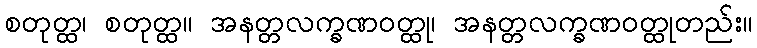
စတုတ္ထ၊ စတုတ္ထ။ အနတ္တလက္ခဏဝတ္ထု၊ အနတ္တလက္ခဏဝတ္ထုတည်း။